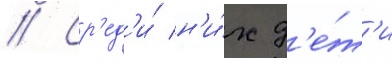
// Ср'ед'и́ н'и́х д'е́т'и